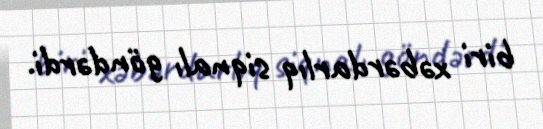
biri xəbərdarlıq siqnalı göndərdi.